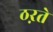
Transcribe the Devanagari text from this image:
ठऱते